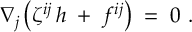
\nabla _ { j } \left( \zeta ^ { i j } \, h \; + \; f ^ { i j } \right) \; = \; 0 \ .